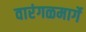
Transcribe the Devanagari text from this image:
वारंगळमार्गे